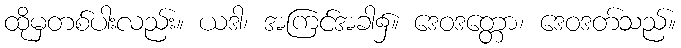
ထိုမှတစ်ပါးလည်း။ ယဒါ၊ အကြင်အခါ၌။ ဒေဝဒတ္တော၊ ဒေဝဒတ်သည်။